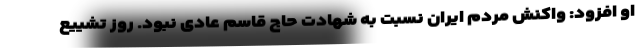
او افزود: واکنش مردم ایران نسبت به شهادت حاج قاسم عادی نبود. روز تشییع